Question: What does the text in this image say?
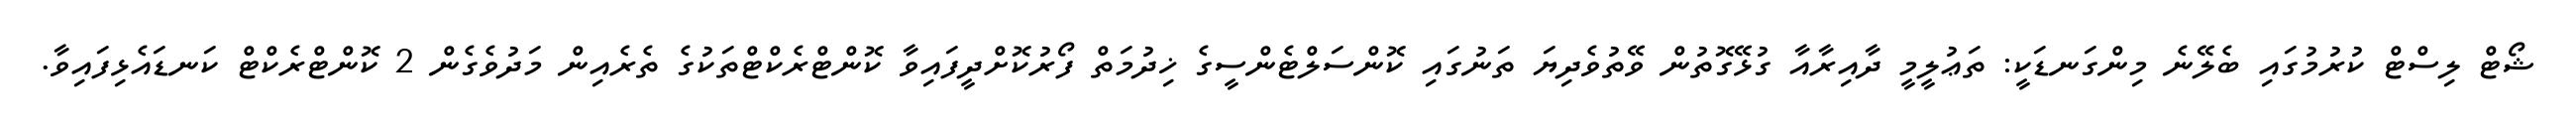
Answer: ޝޯޓް ލިސްޓް ކުރުމުގައި ބެލޭނެ މިންގަނޑަކީ: ތަޢުލީމީ ދާއިރާއާ ގުޅޭގޮތުން ވޭތުވެދިޔަ ތަނުގައި ކޮންސަލްޓެންސީގެ ޚިދުމަތް ފޯރުކޮށްދީފައިވާ ކޮންޓްރެކްޓްތަކުގެ ތެރެއިން މަދުވެގެން 2 ކޮންޓްރެކްޓް ކަނޑައެޅިފައިވާ.